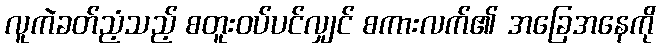
လူကဲခတ်ညံ့သည့် စတူးဝပ်ပင်လျှင် စကားလက်၏ အခြေအနေကို